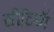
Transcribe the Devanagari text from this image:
सीटियाॅ